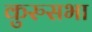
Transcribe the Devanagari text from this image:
कुरुसभा